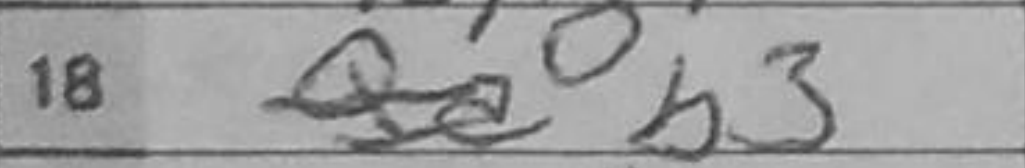
Transcription: b3